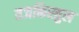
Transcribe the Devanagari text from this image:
तजकिरतुल